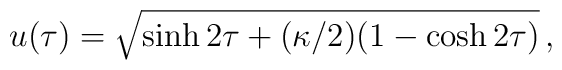
u(\tau) = \sqrt{\sinh{2\tau}+(\kappa/2)(1-\cosh{2\tau})}\,,